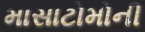
માસાટોમોની